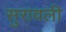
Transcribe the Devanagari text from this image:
सुरावली